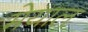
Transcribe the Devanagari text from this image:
मेयाल